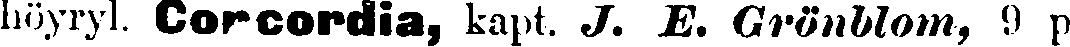
höyryl. Corcordia, kapt. J. E. Grönblom, 9 p